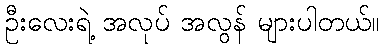
ဦးလေးရဲ့ အလုပ် အလွန် များပါတယ်။